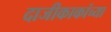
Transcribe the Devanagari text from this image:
दाजीकाकांच्या